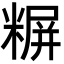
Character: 𬖪